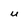
Character: u